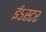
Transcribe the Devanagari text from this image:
ईऽस्टर